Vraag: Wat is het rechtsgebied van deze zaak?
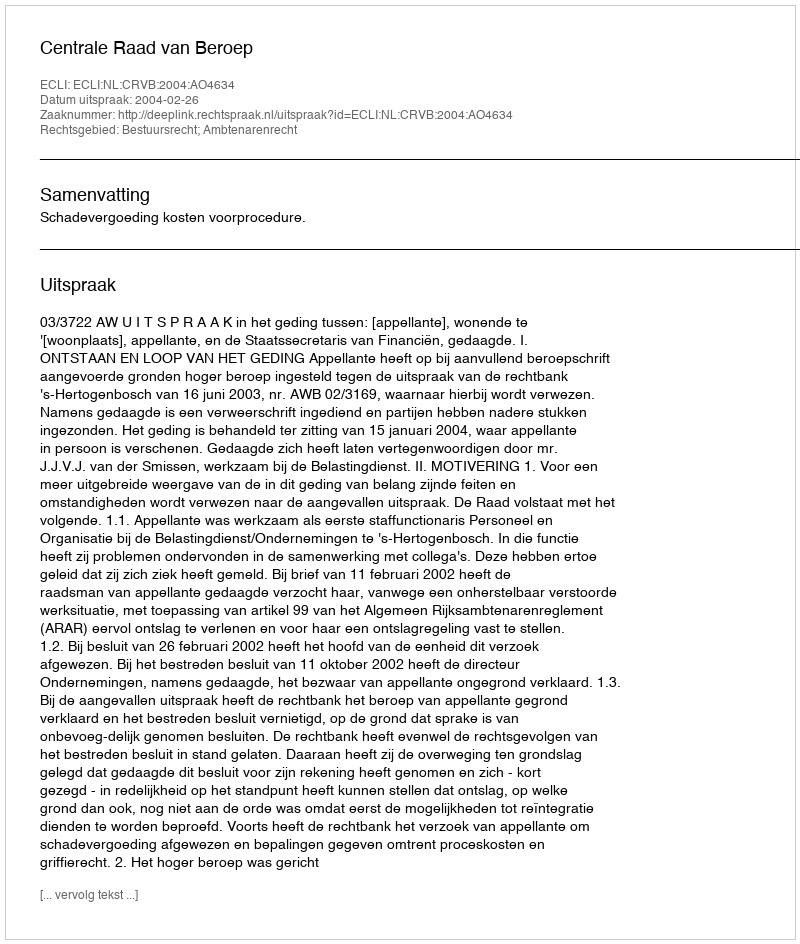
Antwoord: Bestuursrecht; Ambtenarenrecht